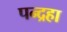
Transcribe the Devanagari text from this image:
पन्द्रहा